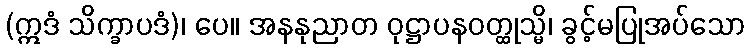
(ဣဒံ သိက္ခာပဒံ)၊ ပေ။ အနနုညာတ ဝုဋ္ဌာပနဝတ္ထုသ္မိ၊ ခွင့်မပြုအပ်သော